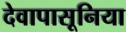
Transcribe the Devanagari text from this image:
देवापासूनिया